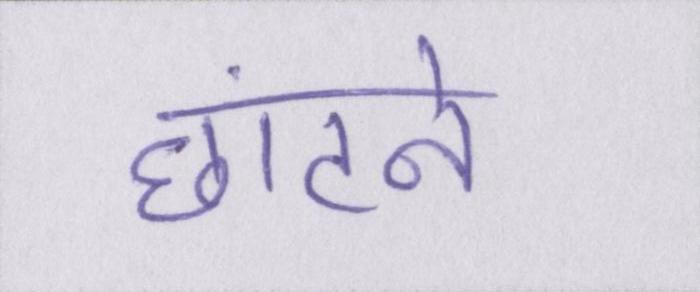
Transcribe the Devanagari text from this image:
छांटने